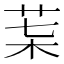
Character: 𦮇